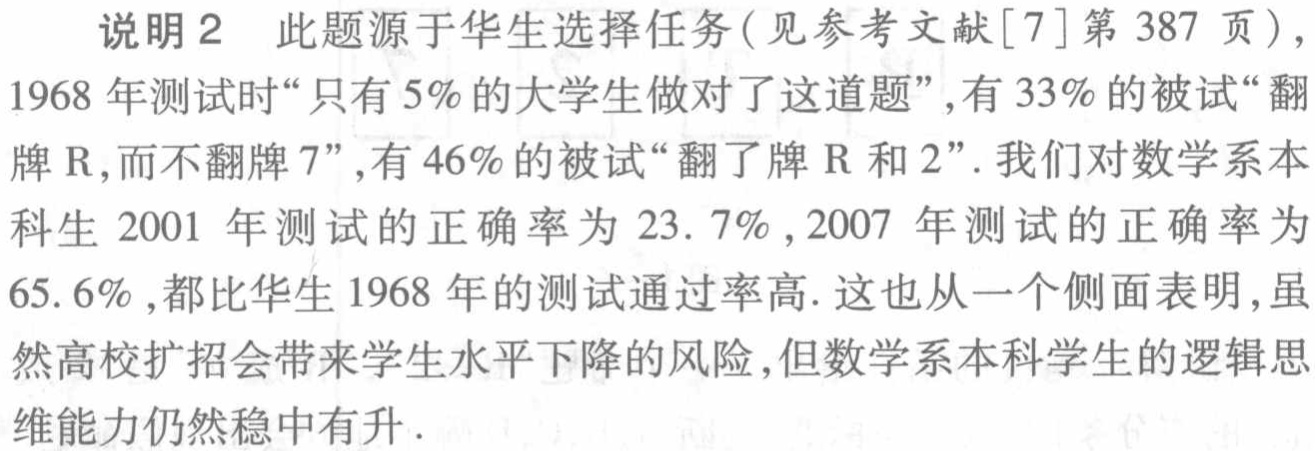
说明2 此题源于华生选择任务(见参考文献[7]第387 页)，
1968 年测试时“只有5%的大学生做对了这道题”,有33%的被试“翻
牌R,而不翻牌7”,有46%的被试“翻了牌R 和2”. 我们对数学系本
科生2001 年测试的正确率为23. 7% ,2007 年测试的正确率为
65. 6% ,都比华生1968 年的测试通过率高. 这也从一个侧面表明,虽
然高校扩招会带来学生水平下降的风险,但数学系本科学生的逻辑思
维能力仍然稳中有升.